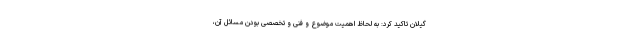
گیلان تاکید کرد: به لحاظ اهمیت موضوع و فنی و تخصصی بودن مسائل آن،